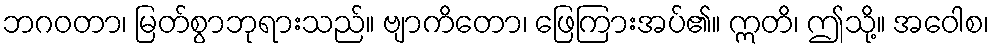
ဘဂဝတာ၊ မြတ်စွာဘုရားသည်။ ဗျာကိတော၊ ဖြေကြားအပ်၏။ ဣတိ၊ ဤသို့။ အဝေါစ၊